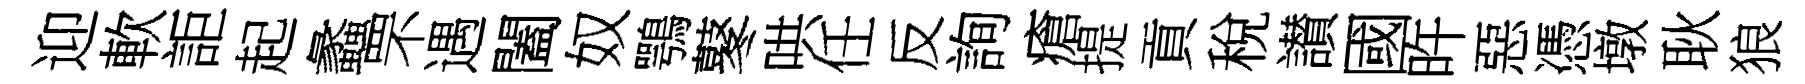
迎軟詎起蠡罘遇闔奴鶚鼕哄任反詢瘡提貢稅讃國旿惡憑墩耿狼